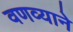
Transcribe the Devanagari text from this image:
वणव्याने